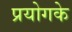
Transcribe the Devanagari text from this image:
प्रयोगके